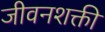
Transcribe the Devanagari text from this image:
जीवनशक्ती